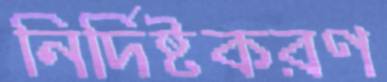
নির্দিষ্টকরণ